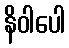
နိဝါပေါ